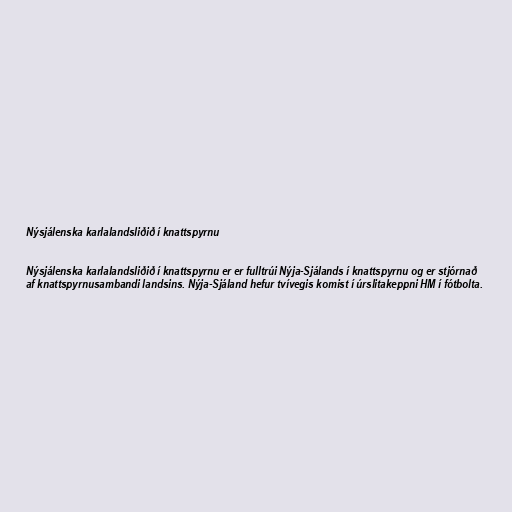
Nýsjálenska karlalandsliðið í knattspyrnu

Nýsjálenska karlalandsliðið í knattspyrnu er er fulltrúi Nýja-Sjálands í knattspyrnu og er stjórnað
af knattspyrnusambandi landsins. Nýja-Sjáland hefur tvívegis komist í úrslitakeppni HM í fótbolta.